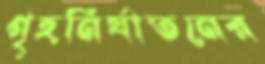
গৃহনির্যাতনের